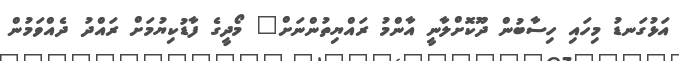
އަޅުގަނޑު މިހައި ހިސާބުން ދޫކޮށްލާނީ އާންމު ރައްޔިތުންނަށް" މޯދީގެ ފާޑުކިޔުމަށް ރައްދު ދެއްވަމުން